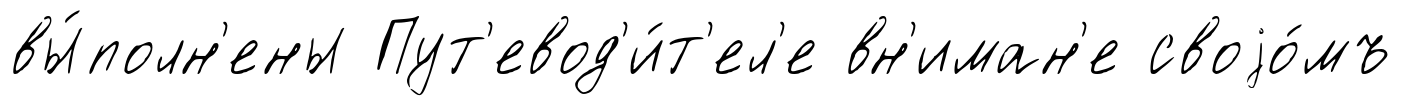
вы́полн'ены Пут'евод'и́т'ел'е вн'иман'е своjо́мъ